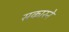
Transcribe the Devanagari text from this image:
सकारने